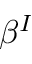
\beta ^ { I }